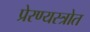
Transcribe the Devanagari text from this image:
प्रेरण्यस्त्रोत